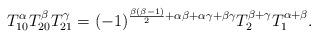
LaTeX: \begin{gather*}T_{10}^{\alpha}T_{20}^{\beta}T_{21}^{\gamma}= (-1)^{\frac{\beta(\beta-1)}{2}+ \alpha\beta+\alpha\gamma+\beta\gamma}T_{2}^{\beta+\gamma}T_{1}^{\alpha+\beta}.\end{gather*}